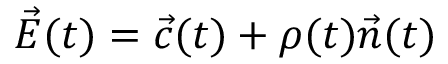
{ \vec { E } } ( t ) = { \vec { c } } ( t ) + \rho ( t ) { \vec { n } } ( t )